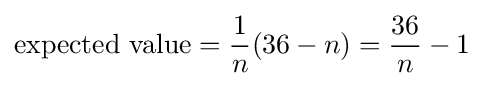
{\text{expected value}}={\frac {1}{n}}(36-n)={\frac {36}{n}}-1